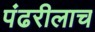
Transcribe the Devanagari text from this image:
पंढरीलाच